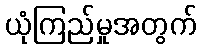
ယုံကြည်မှုအတွက်